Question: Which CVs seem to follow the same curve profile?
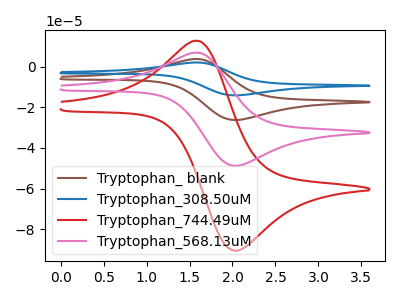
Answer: <think>The brown curve "Tryptophan_ blank" has an anodic peak at (1.60V, 13.60uA) and a cathodic peak at (2.05V, -97.65uA). The blue curve "Tryptophan_308.50uM" has an anodic peak at (1.60V, 20.40uA) and a cathodic peak at (2.05V, -146.45uA). The red curve "Tryptophan_744.49uM" has an anodic peak at (1.60V, 12.60uA) and a cathodic peak at (2.05V, -90.55uA). The pink curve "Tryptophan_568.13uM" has an anodic peak at (1.60V, 6.80uA) and a cathodic peak at (2.05V, -48.80uA).
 All the peaks in "Tryptophan_ blank" have a peak in "Tryptophan_308.50uM" at the same potential. Every peak in "Tryptophan_ blank" is lower than every peak in "Tryptophan_308.50uM". All the peaks in "Tryptophan_ blank" have a peak in "Tryptophan_744.49uM" at the same potential. Every peak in "Tryptophan_ blank" is higher than every peak in "Tryptophan_744.49uM". All the peaks in "Tryptophan_ blank" have a peak in "Tryptophan_568.13uM" at the same potential. Every peak in "Tryptophan_ blank" is higher than every peak in "Tryptophan_568.13uM". All the peaks in "Tryptophan_308.50uM" have a peak in "Tryptophan_744.49uM" at the same potential. Every peak in "Tryptophan_308.50uM" is higher than every peak in "Tryptophan_744.49uM". All the peaks in "Tryptophan_308.50uM" have a peak in "Tryptophan_568.13uM" at the same potential. Every peak in "Tryptophan_308.50uM" is higher than every peak in "Tryptophan_568.13uM". All the peaks in "Tryptophan_744.49uM" have a peak in "Tryptophan_568.13uM" at the same potential. Every peak in "Tryptophan_744.49uM" is higher than every peak in "Tryptophan_568.13uM".</think>
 <answer>"Tryptophan_744.49uM", "Tryptophan_ blank", "Tryptophan_308.50uM" and "Tryptophan_568.13uM" have the same shape and are likely CV's of the same chemical.</answer>
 <eval>"Tryptophan_744.49uM" "Tryptophan_ blank" "Tryptophan_308.50uM" "Tryptophan_568.13uM"</eval>